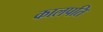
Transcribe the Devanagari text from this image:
कालपति